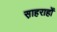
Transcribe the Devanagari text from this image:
स़ाहराहों